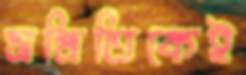
সমিতিকেই